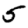
Digit: 5